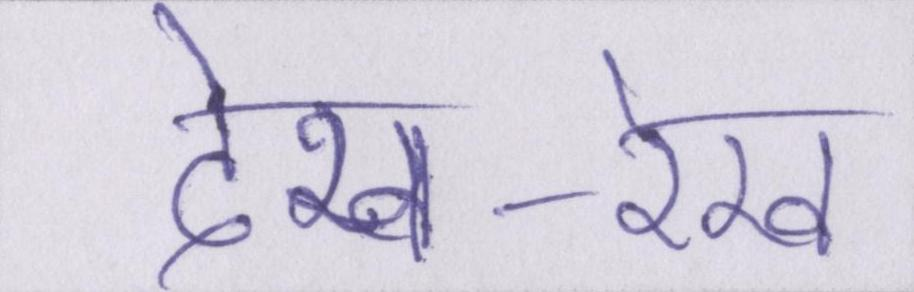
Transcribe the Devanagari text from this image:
देख-रेख